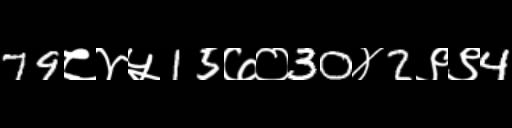
Text: 79८४५15७०30४2९९4